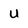
Character: u